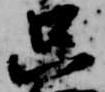
只